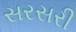
સરસરી